Report on sanitation, dispensaries, and jails in Rajputana for 1912, and on vaccination for the year 1912-1913 - 1912-1913
Year: 1912
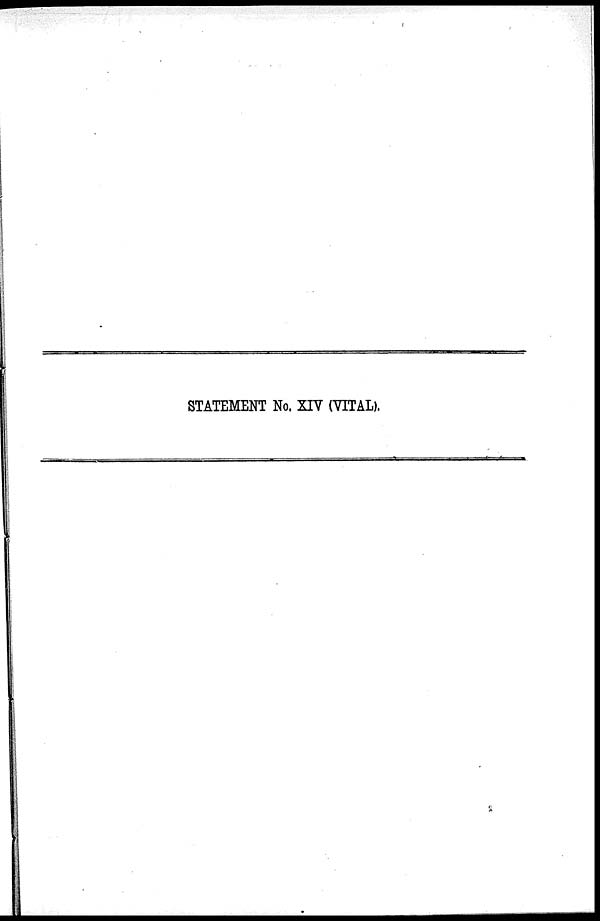
STATEMENT No. XIV (VITAL).